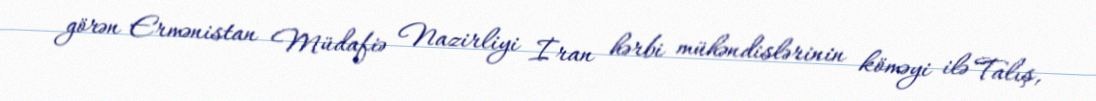
görən Ermənistan Müdafiə Nazirliyi İran hərbi mühəndislərinin köməyi ilə Talış,